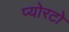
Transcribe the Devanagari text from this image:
प्योरटो